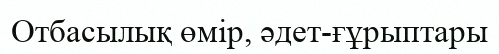
Отбасылық өмір, әдет-ғұрыптары